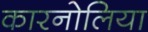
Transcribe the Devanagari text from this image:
कारनोलिया